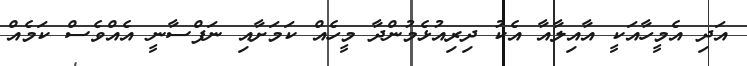
އަދި އެމީހާއަކީ އާއިލާއާ އެކު ދިރިއުޅެމުންދާ މީހެއް ކަމަށާއި ނަފްސާނީ އެއްވެސް ކަމެއް